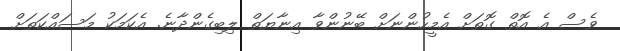
ވެސް އެ އޮތް ގޮތަށް އެމީހުންނަށް ބޭނުންވާ އިނާޔަތް ލިބިގެންދާނެ. އެކަމަކު މަސައްކަތަށް